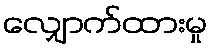
လျှောက်ထားမှု